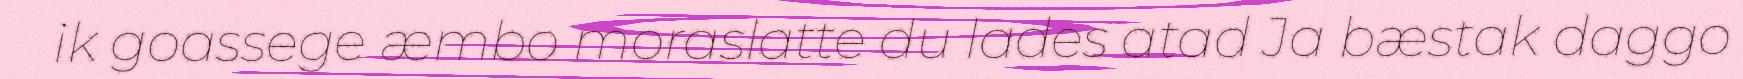
ik goassege æmbo moraslatte du lades atad Ja bæstak daggo